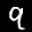
Label: 9